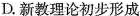
D.新教理论初步形成